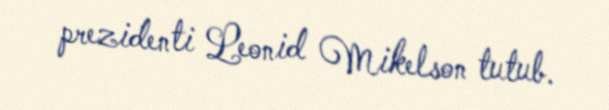
prezidenti Leonid Mikelson tutub.